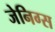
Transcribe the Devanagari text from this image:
जेनिग्स